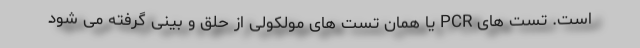
است. تست های PCR یا همان تست های مولکولی از حلق و بینی گرفته می شود